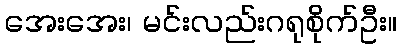
အေးအေး၊ မင်းလည်းဂရုစိုက်ဦး။